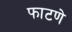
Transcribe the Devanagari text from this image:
फाटणे